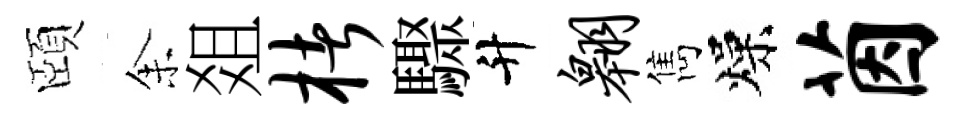
頤𪜬爼楮驟升翱雋燥茵